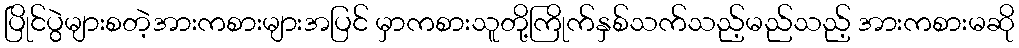
ပြိုင်ပွဲများစတဲ့အားကစားများအပြင် မှာကစားသူတို့ကြိုက်နှစ်သက်သည့်မည်သည့် အားကစားမဆို